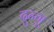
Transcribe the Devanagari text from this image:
दुन्गु